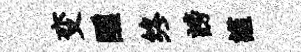
变醺终謗謹